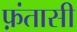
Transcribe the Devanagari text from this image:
फ़ंतासी